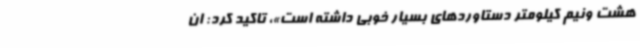
هشت ونیم کیلومتر دستاوردهای بسیار خوبی داشته است»، تاکید کرد: ان‌